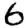
Digit: 6